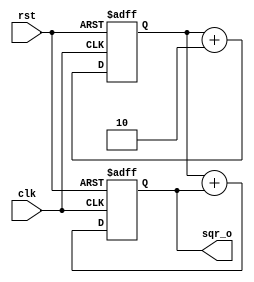
`timescale 1ns / 1ps
//////////////////////////////////////////////////////////////////////////////////
// Company: COLLEGE OF VLSI
// 
// Design Name: 
// Module Name: perfect_square
// Project Name: 
// Target Devices: 
// Tool Versions: 
// Description: 
// 
// Dependencies: 
// 
// Revision:
// Revision 0.01 - File Created
// Additional Comments:
// 
//////////////////////////////////////////////////////////////////////////////////


module perfect_square #(
parameter WIDTH = 32
)(
  input   wire        clk,
  input   wire        rst,
  output  wire [WIDTH-1:0] sqr_o
);


  reg [WIDTH-1:0] count, square;
  wire [WIDTH-1:0] count_nxt, square_nxt;  
  always@(posedge clk or posedge rst)
    begin
      if(rst)
        begin
      		count <= 32'h3;
          square <= 32'h1;
        end
      else
        begin
      		count <= count_nxt;
          square <= square_nxt;
        end
    end
    
  assign count_nxt = count + 32'h2;
  assign square_nxt = count + square;
  
  //output
  assign sqr_o = square;
endmodule